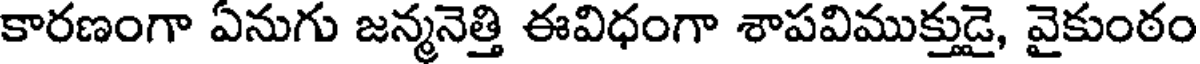
కారణంగా ఏనుగు జన్మనెత్తి ఈవిధంగా శాపవిముక్తుడై, వైకుంఠం